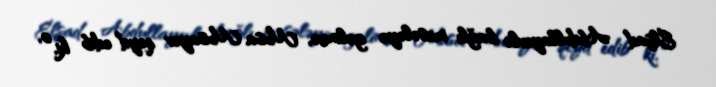
Elşad Abdullayevlə bağlı məsələyə gəlincə, Musa Musayev qeyd edib ki, o,